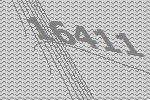
16411